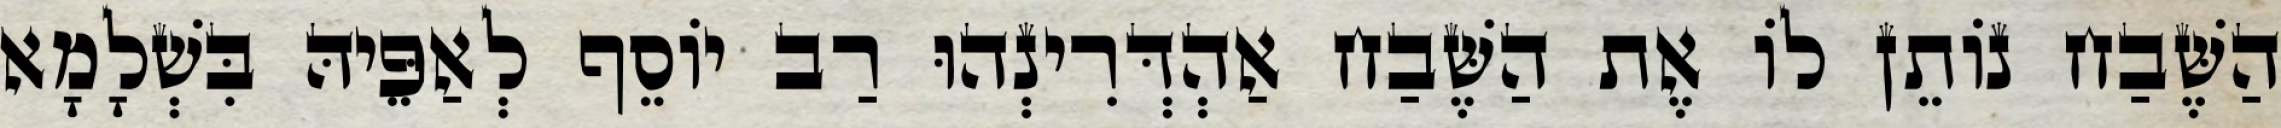
הַשֶּׁבַח נוֹתֵן לוֹ אֶת הַשֶּׁבַח אַהְדְּרִינְהוּ רַב יוֹסֵף לְאַפֵּיהּ בִּשְׁלָמָא